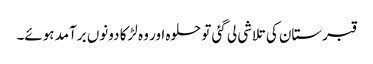
قبرستان کی تلاشی لی گئی تو حلوہ اور وہ لڑکا دونوں برآمد ہوئے۔